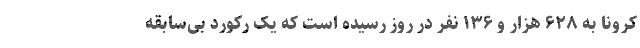
کرونا به ۶۲۸ هزار و ۱۳۶ نفر در روز رسیده است که یک رکورد بی‌سابقه